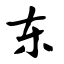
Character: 东